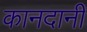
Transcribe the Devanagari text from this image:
कानदानी